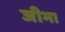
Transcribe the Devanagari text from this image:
जीभा